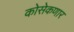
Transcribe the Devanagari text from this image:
कोसेकणार